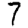
Digit: 7